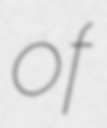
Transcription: of